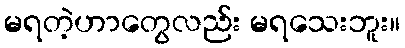
မရတဲ့ဟာတွေလည်း မရသေးဘူး။